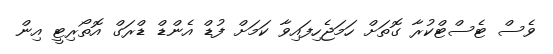
ވެސް ޓެސްޓްކުރާ ގޮތަށް ހަމަޖެހިފައިވާ ކަމަށް ފުޑް އެންޑް ޑްރަގް އޮތޯރިޓީ އިން